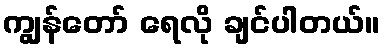
ကျွန်တော် ရေလို ချင်ပါတယ်။